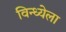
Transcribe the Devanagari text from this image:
विन्ध्येला